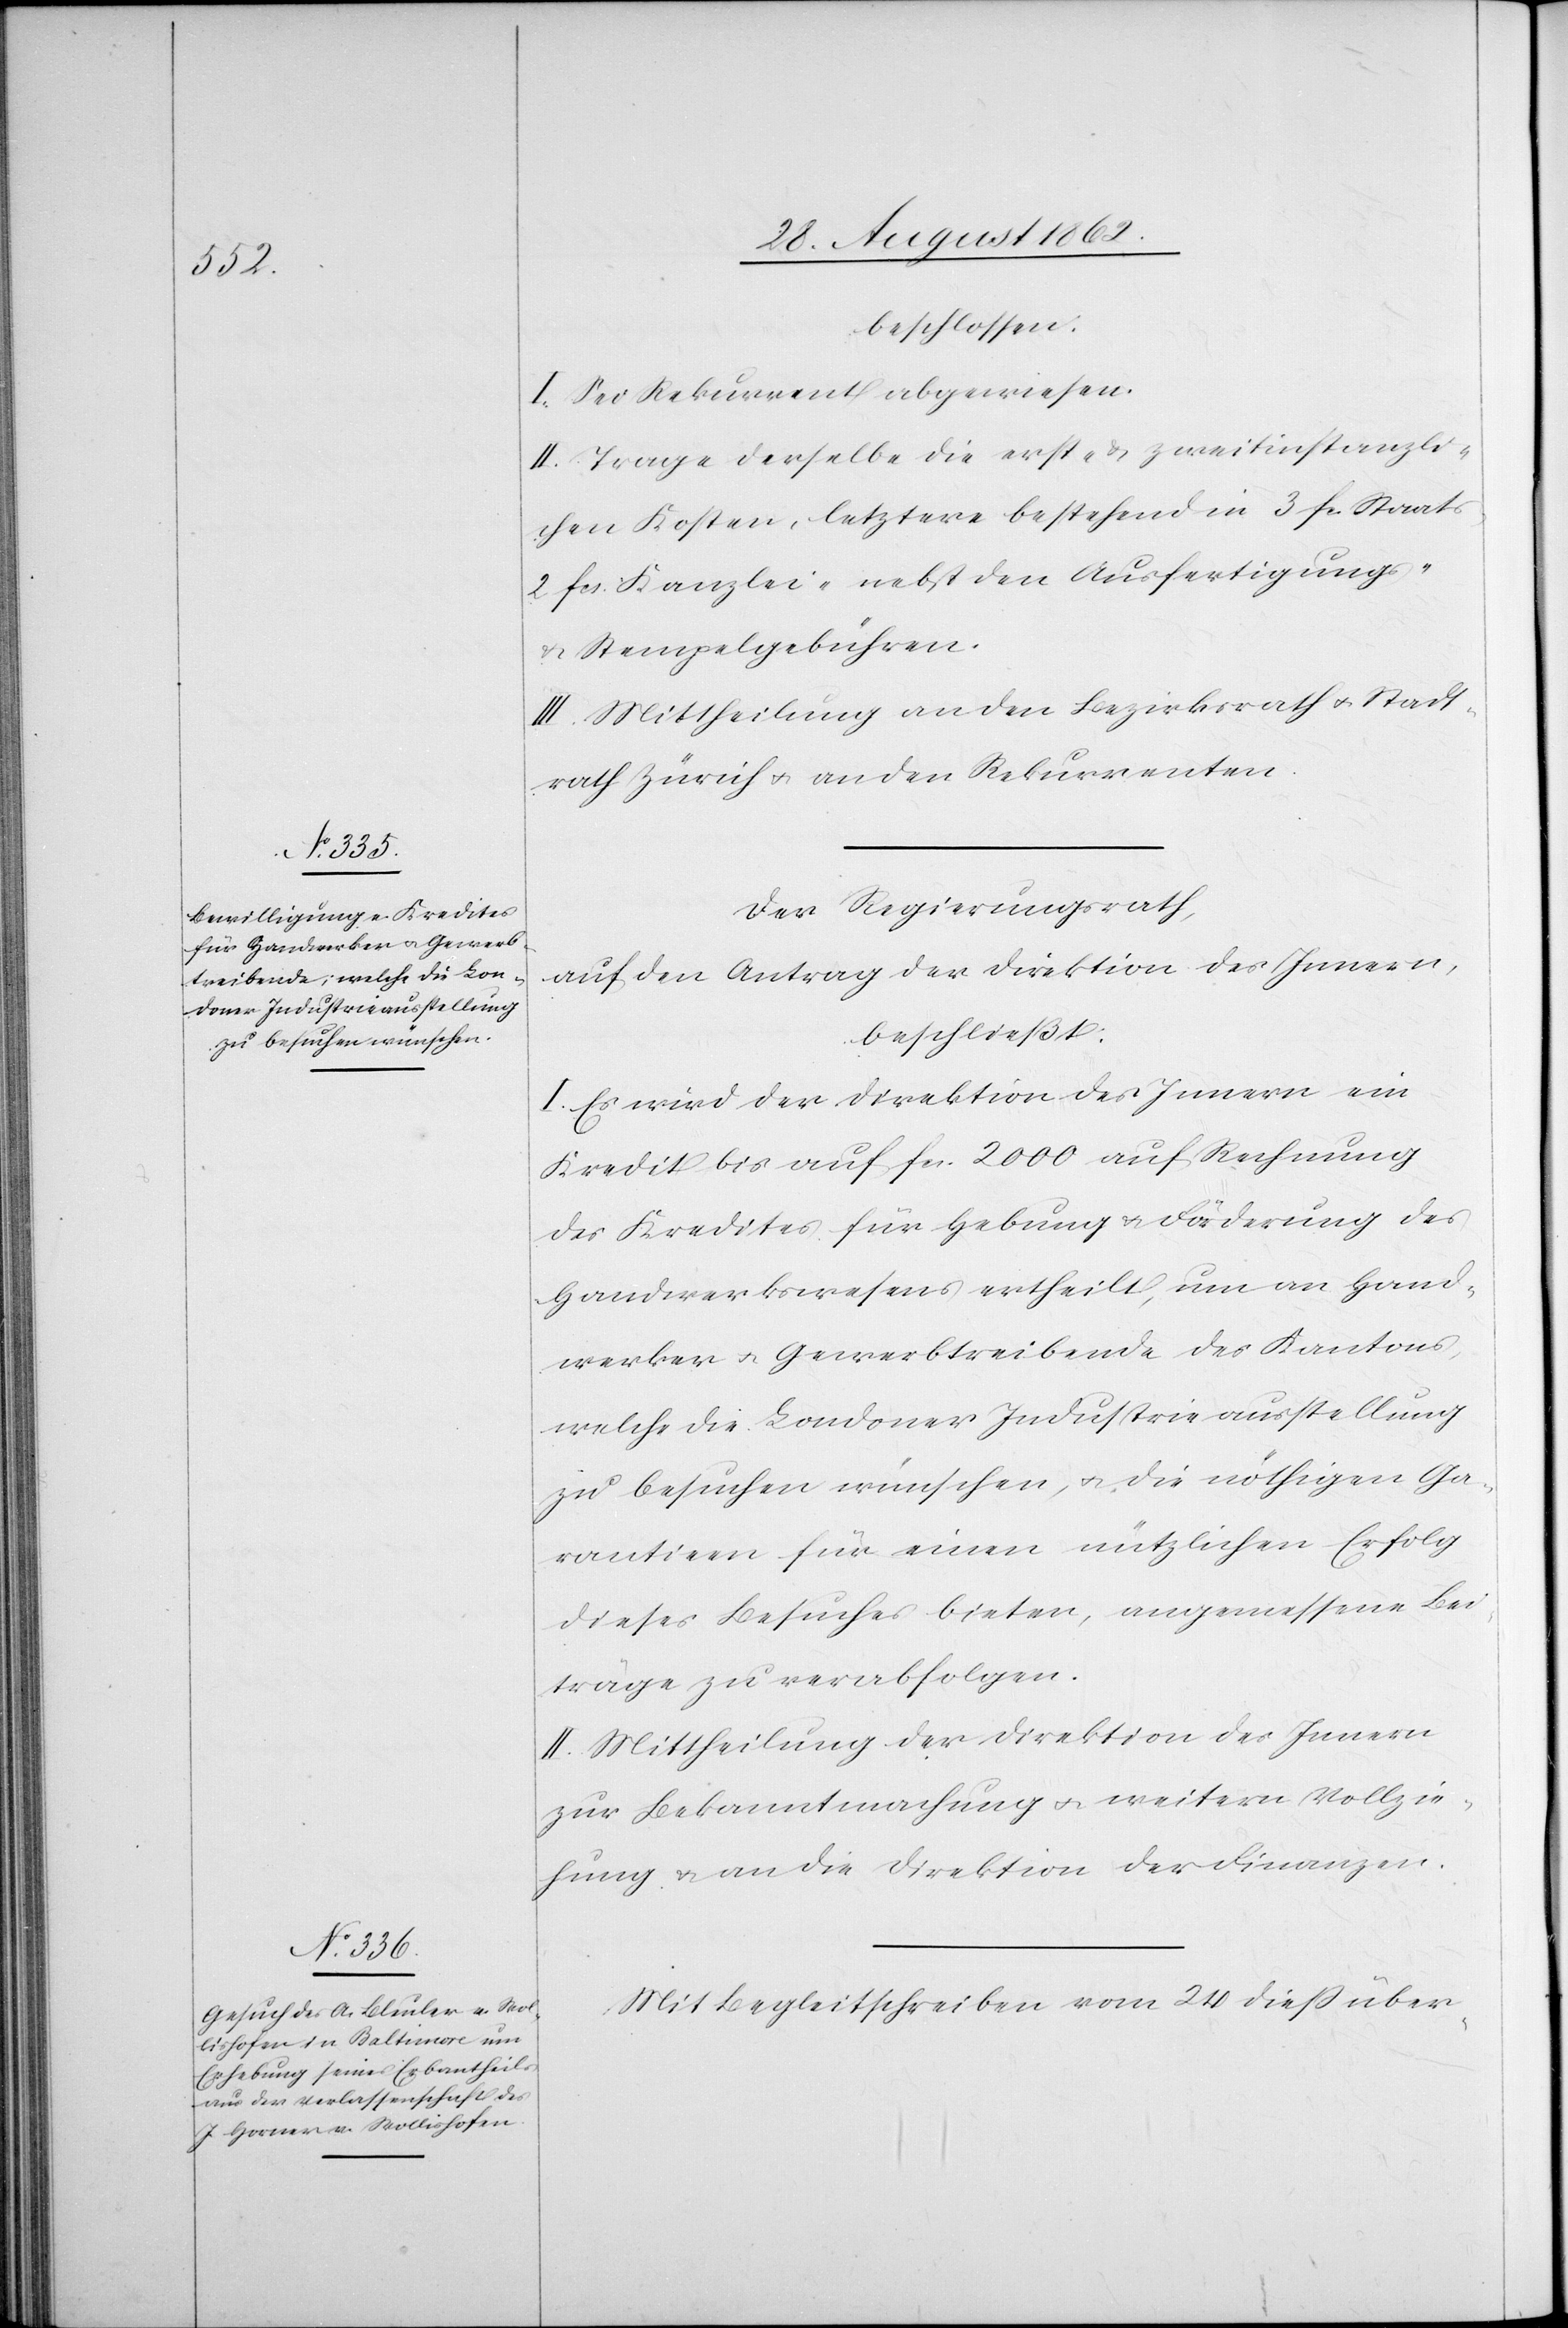
s-[,]

beschlossen:
I. Sei Rekurrent abgewiesen.
II. Trage derselbe die erst- u. zweitinstanzli¬
chen Kosten, letztere bestehend in 3 fr. Staat¬
2 fcs. Kanzlei- nebst den Ausfertigungs-
u. Stempelgebühren.
III. Mittheilung an den Bezirksrath u. Stadt¬
rath Zürich u. an den Rekurrenten.
Der Regierungsrath,
auf den Antrag der Direktion des Innern,
beschließt:
I. Es wird der Direktion des Innern ein
Kredit bis auf fcs. 2000 auf Rechnung
des Kredites für Hebung u. Förderung des
Handwerkswesens ertheilt, um an Hand¬
werker u. Gewerbtreibende des Kantons,
welche die Londoner Industrieausstellung
zu besuchen wünschen, u. die nöthigen Ga¬
rantien für einen nützlichen Erfolg
dieses Besuches bieten, angemessene Bei¬
träge zu verabfolgen.
II. Mittheilung der Direktion des Innern
zur Bekanntmachung u. weitern Vollzie¬
hung u. an die Direktion der Finanzen.
Mit Begleitschreiben vom 24. dieß über-